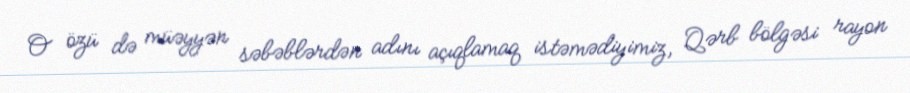
O özü də müəyyən səbəblərdən adını açıqlamaq istəmədiyimiz, Qərb bölgəsi rayon